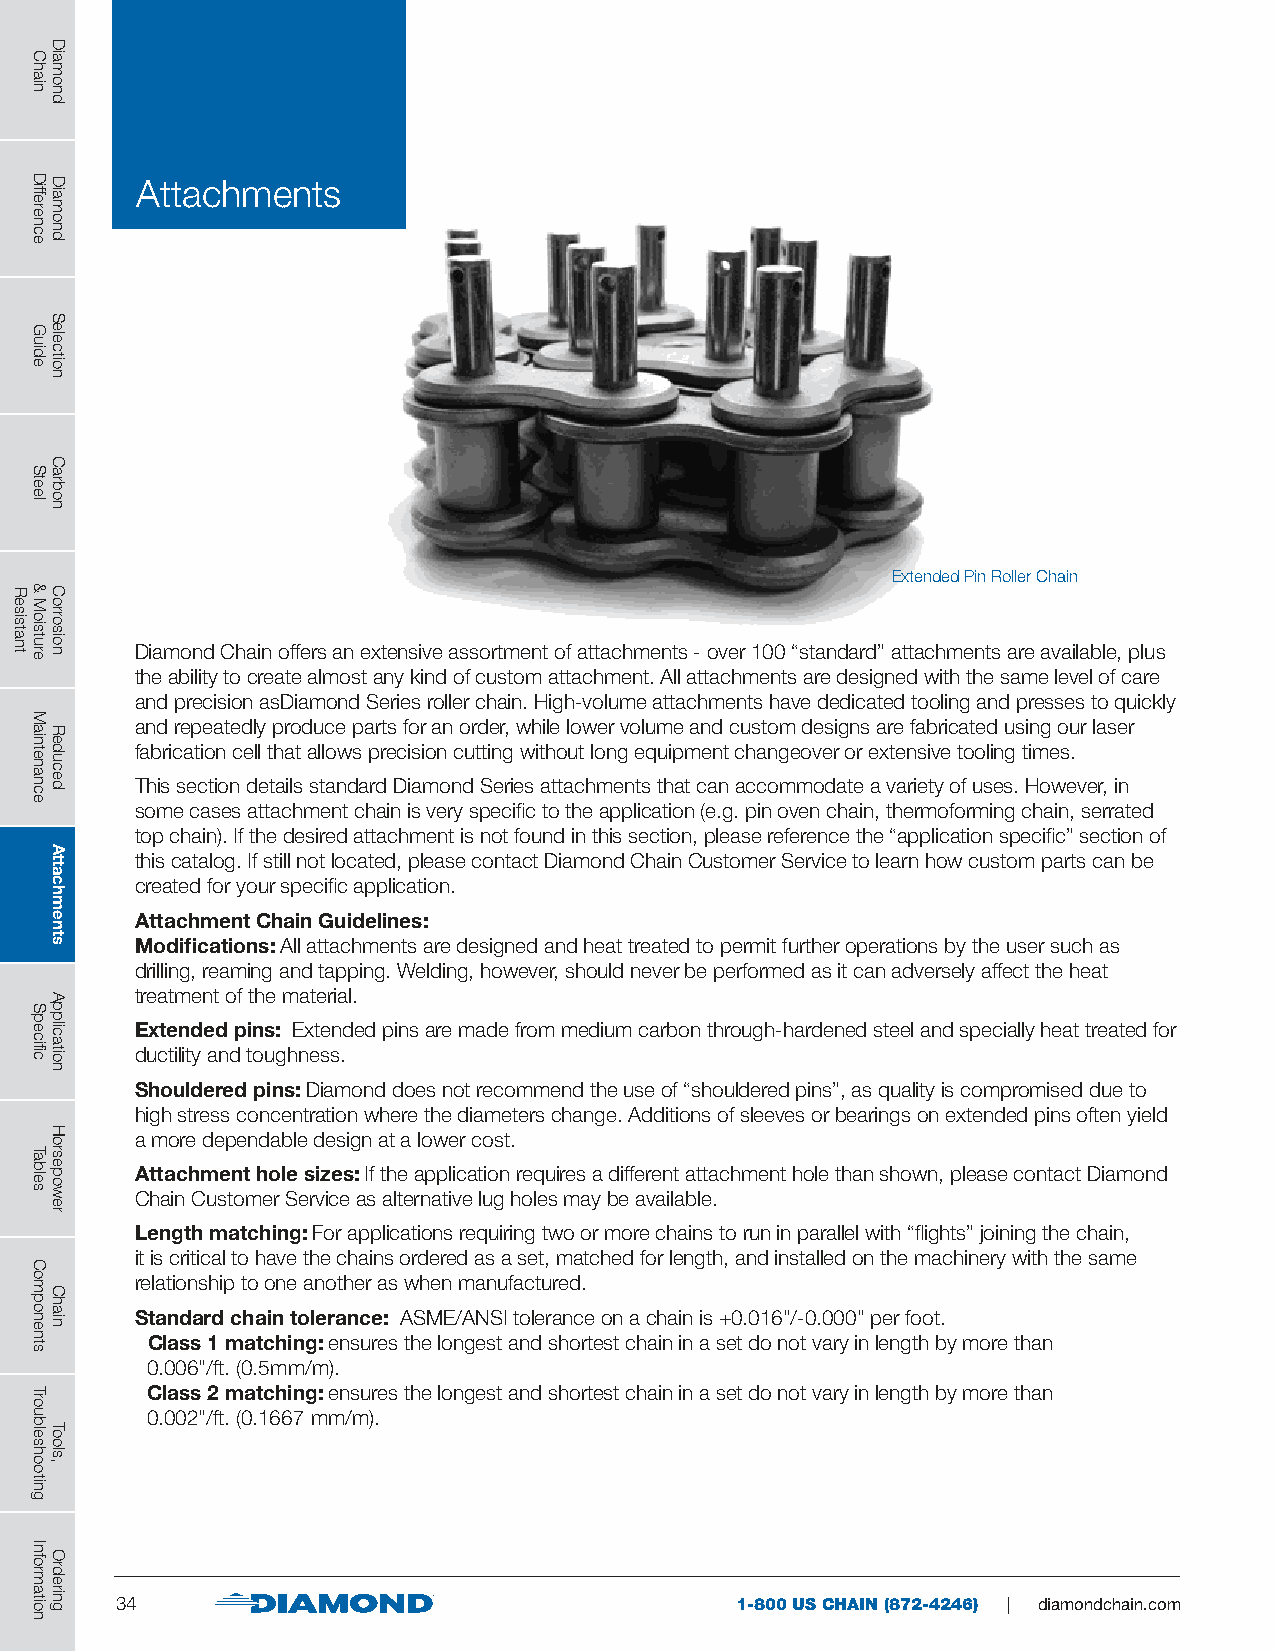
Attachments
 Extended Pin Roller Chain
 Diamond Chain offers an extensive assortment of attachments - over 100 “standard” attachments are available, plus
 the ability to create almost any kind of custom attachment. All attachments are designed with the same level of care
 and precision asDiamond Series roller chain. High-volume attachments have dedicated tooling and presses to quickly
 and repeatedly produce parts for an order, while lower volume and custom designs are fabricated using our laser
 fabrication cell that allows precision cutting without long equipment changeover or extensive tooling times.
 This section details standard Diamond Series attachments that can accommodate a variety of uses. However, in
 some cases attachment chain is very specific to the application (e.g. pin oven chain, thermoforming chain, serrated
 top chain). If the desired attachment is not found in this section, please reference the “application specific” section of
 this catalog. If still not located, please contact Diamond Chain Customer Service to learn how custom parts can be
 created for your specific application.
 Attachment Chain Guidelines:
 Modifications: All attachments are designed and heat treated to permit further operations by the user such as
 drilling, reaming and tapping. Welding, however, should never be performed as it can adversely affect the heat
 treatment of the material.
 Extended pins: Extended pins are made from medium carbon through-hardened steel and specially heat treated for
 ductility and toughness.
 Shouldered pins: Diamond does not recommend the use of “shouldered pins”, as quality is compromised due to
 high stress concentration where the diameters change. Additions of sleeves or bearings on extended pins often yield
 a more dependable design at a lower cost.
 Attachment hole sizes: If the application requires a different attachment hole than shown, please contact Diamond
 Chain Customer Service as alternative lug holes may be available.
 Length matching: For applications requiring two or more chains to run in parallel with “flights” joining the chain,
 it is critical to have the chains ordered as a set, matched for length, and installed on the machinery with the same
 relationship to one another as when manufactured.
 Standard chain tolerance: ASME/ANSI tolerance on a chain is +0.016"/-0.000" per foot.
 Class 1 matching: ensures the longest and shortest chain in a set do not vary in length by more than
 0.006"/ft. (0.5mm/m).
 Class 2 matching: ensures the longest and shortest chain in a set do not vary in length by more than
 0.002"/ft. (0.1667 mm/m).
 34                                       1-800 US CHAIN (872-4246) | diamondchain.com
 Resistant
 Chain
 Difference
 Guide
 Steel
 &
 Moisture
 Maintenance
 Specific
 Tables
 Components
 Troubleshooting
 Information
 Diamond
 Diamond
 Selection
 Carbon
 Corrosion
 Reduced
 Attachments
 Application
 Horsepower
 Chain
 Tools,
 Ordering